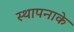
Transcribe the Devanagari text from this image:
स्थापनाके